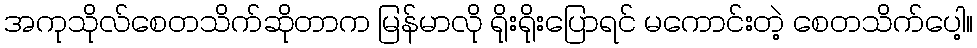
အကုသိုလ်စေတသိက်ဆိုတာက မြန်မာလို ရိုးရိုးပြောရင် မကောင်းတဲ့ စေတသိက်ပေါ့။